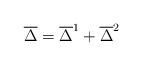
LaTeX: \begin{align*}\overline{\Delta }=\overline{\Delta }^1+\overline{\Delta }^2\end{align*}